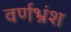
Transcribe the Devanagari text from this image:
वर्णभ्रंश